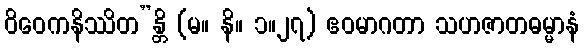
ဝိဝေကနိဿိတ”န္တိ (မ။ နိ။ ၁။၂၇) ဧဝမာဂတာ သဟဇာတဓမ္မာနံ